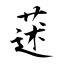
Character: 蒁